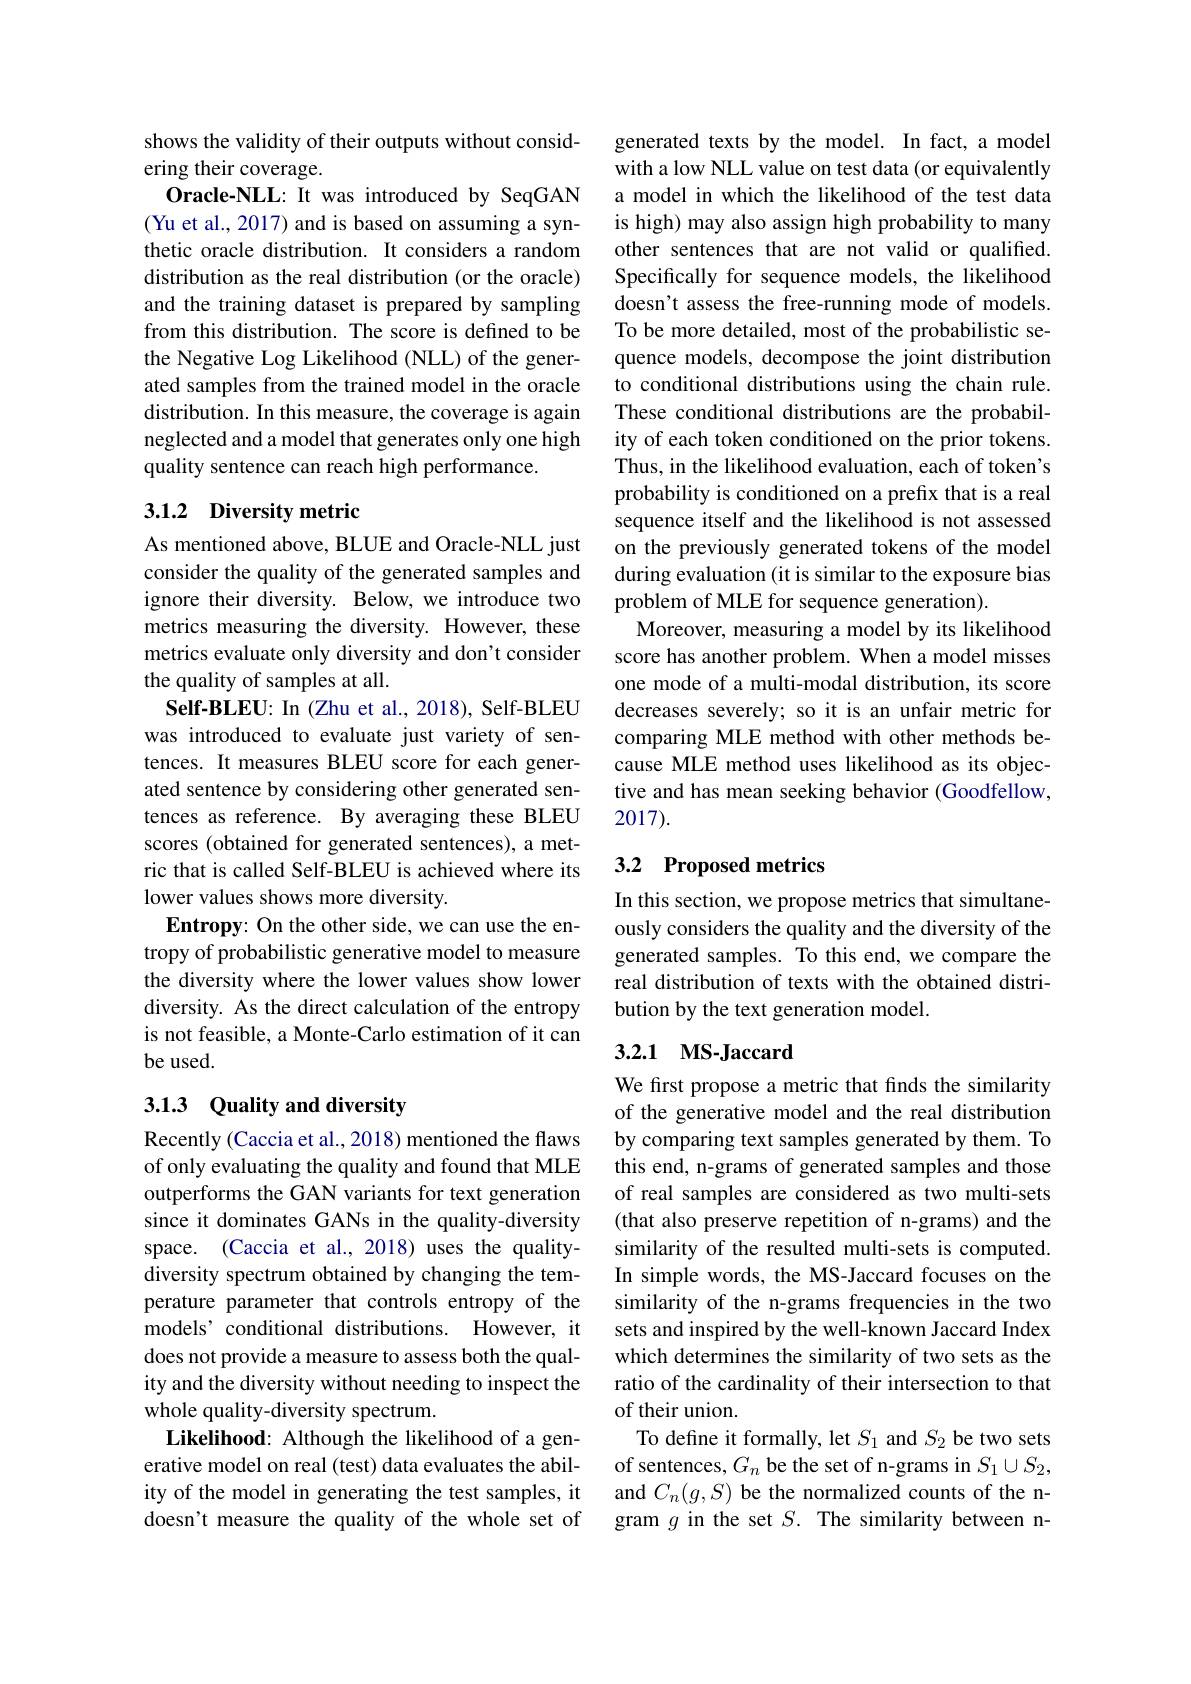
shows the validity of their outputs without consid-
ering their coverage.
Oracle-NLL: It was introduced by SeqGAN (Yu et al., 2017) and is based on assuming a synthetic oracle distribution. It considers a random distribution as the real distribution (or the oracle) and the training dataset is prepared by sampling from this distribution. The score is defined to be the Negative Log Likelihood (NLL) of the generated samples from the trained model in the oracle distribution. In this measure, the coverage is again neglected and a model that generates only one high quality sentence can reach high performance.

## 3.1.2 Diversity metric

As mentioned above, BLUE and Oracle-NLL just consider the quality of the generated samples and ignore their diversity. Below, we introduce two metrics measuring the diversity. However, these metrics evaluate only diversity and don't consider the quality of samples at all.
Self-BLEU: In (Zhu et al., 2018), Self-BLEU was introduced to evaluate just variety of sentences. It measures BLEU score for each generated sentence by considering other generated sentences as reference. By averaging these BLEU scores (obtained for generated sentences), a metric that is called Self-BLEU is achieved where its lower values shows more diversity.
Entropy: On the other side, we can use the entropy of probabilistic generative model to measure the diversity where the lower values show lower diversity. As the direct calculation of the entropy is not feasible, a Monte-Carlo estimation of it can be used.

## 3.1.3 Quality and diversity

Recently (Caccia et al., 2018) mentioned the flaws of only evaluating the quality and found that MLE outperforms the GAN variants for text generation since it dominates GANs in the quality-diversity space. (Caccia et al., 2018) uses the qualitydiversity spectrum obtained by changing the temperature parameter that controls entropy of the models’conditional distributions. However, it does not provide a measure to assess both the quality and the diversity without needing to inspect the whole quality-diversity spectrum.
Likelihood: Although the likelihood of a generative model on real (test) data evaluates the ability of the model in generating the test samples, it doesn't measure the quality of the whole set of

generated texts by the model. In fact, a model with a low NLL value on test data (or equivalently a model in which the likelihood of the test data is high) may also assign high probability to many other sentences that are not valid or qualified. Specifically for sequence models, the likelihood doesn't assess the free-running mode of models. To be more detailed, most of the probabilistic sequence models, decompose the joint distribution to conditional distributions using the chain rule. These conditional distributions are the probability of each token conditioned on the prior tokens. Thus, in the likelihood evaluation, each of token's probability is conditioned on a prefix that is a real sequence itself and the likelihood is not assessed on the previously generated tokens of the model during evaluation (it is similar to the exposure bias problem of MLE for sequence generation).
Moreover, measuring a model by its likelihood score has another problem. When a model misses one mode of a multi-modal distribution, its score decreases severely; so it is an unfair metric for comparing MLE method with other methods because MLE method uses likelihood as its objective and has mean seeking behavior (Goodfellow, 2017).

# 3.2 Proposed metrics

In this section, we propose metrics that simultaneously considers the quality and the diversity of the generated samples. To this end, we compare the real distribution of texts with the obtained distribution by the text generation model.

## 3.2.1 $\mathbf{MS- Jaccard}$

We first propose a metric that finds the similarity of the generative model and the real distribution by comparing text samples generated by them. To this end, n-grams of generated samples and those of real samples are considered as two multi-sets (that also preserve repetition of n-grams) and the similarity of the resulted multi-sets is computed. In simple words, the MS-Jaccard focuses on the similarity of the n-grams frequencies in the two sets and inspired by the well-known Jaccard Index which determines the similarity of two sets as the ratio of the cardinality of their intersection to that of their union.
To define it formally, let $S_1$ and $S_2$ be two sets of sentences, $G_n$ be the set of n-grams in $S_1\cup S_2$, and $C_n(g,S)$ be the normalized counts of the ngram $g$ in the set $S.$ The similarity between n-